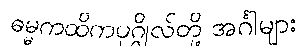
ဓမ္မကထိကပုဂ္ဂိုလ်တို့ အင်္ဂါများ